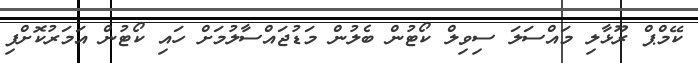
ކޭމްޕް ރޫޅާލި މައްސަލަ ސިވިލް ކޯޓުން ބެލުން މަޑުޖައްސާލުމަށް ހައި ކޯޓުން އަމަރުކޮށްފި